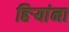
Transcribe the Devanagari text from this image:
हिऱ्यांना